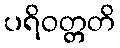
ပရိဝတ္တတိ